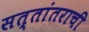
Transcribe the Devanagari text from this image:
सत्तांतराची